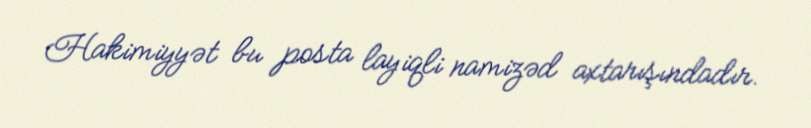
Hakimiyyət bu posta layiqli namizəd axtarışındadır.